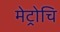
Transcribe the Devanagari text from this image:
मेट्रोचि